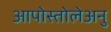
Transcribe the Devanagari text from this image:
आपोस्तोलेअनु